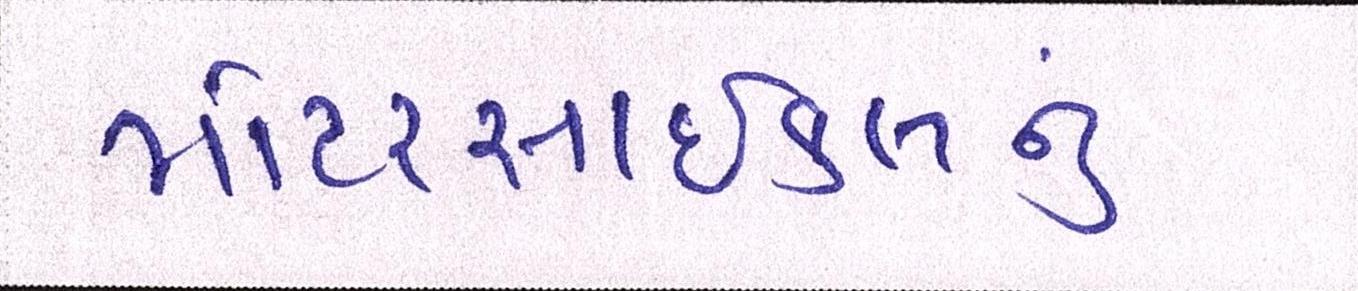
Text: મોટરસાઇકલનું